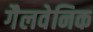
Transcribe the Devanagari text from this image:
गैलवेनिक